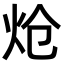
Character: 炝